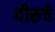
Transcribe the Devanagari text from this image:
वीरूचे